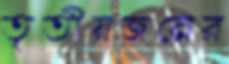
তৃতীয়জনের